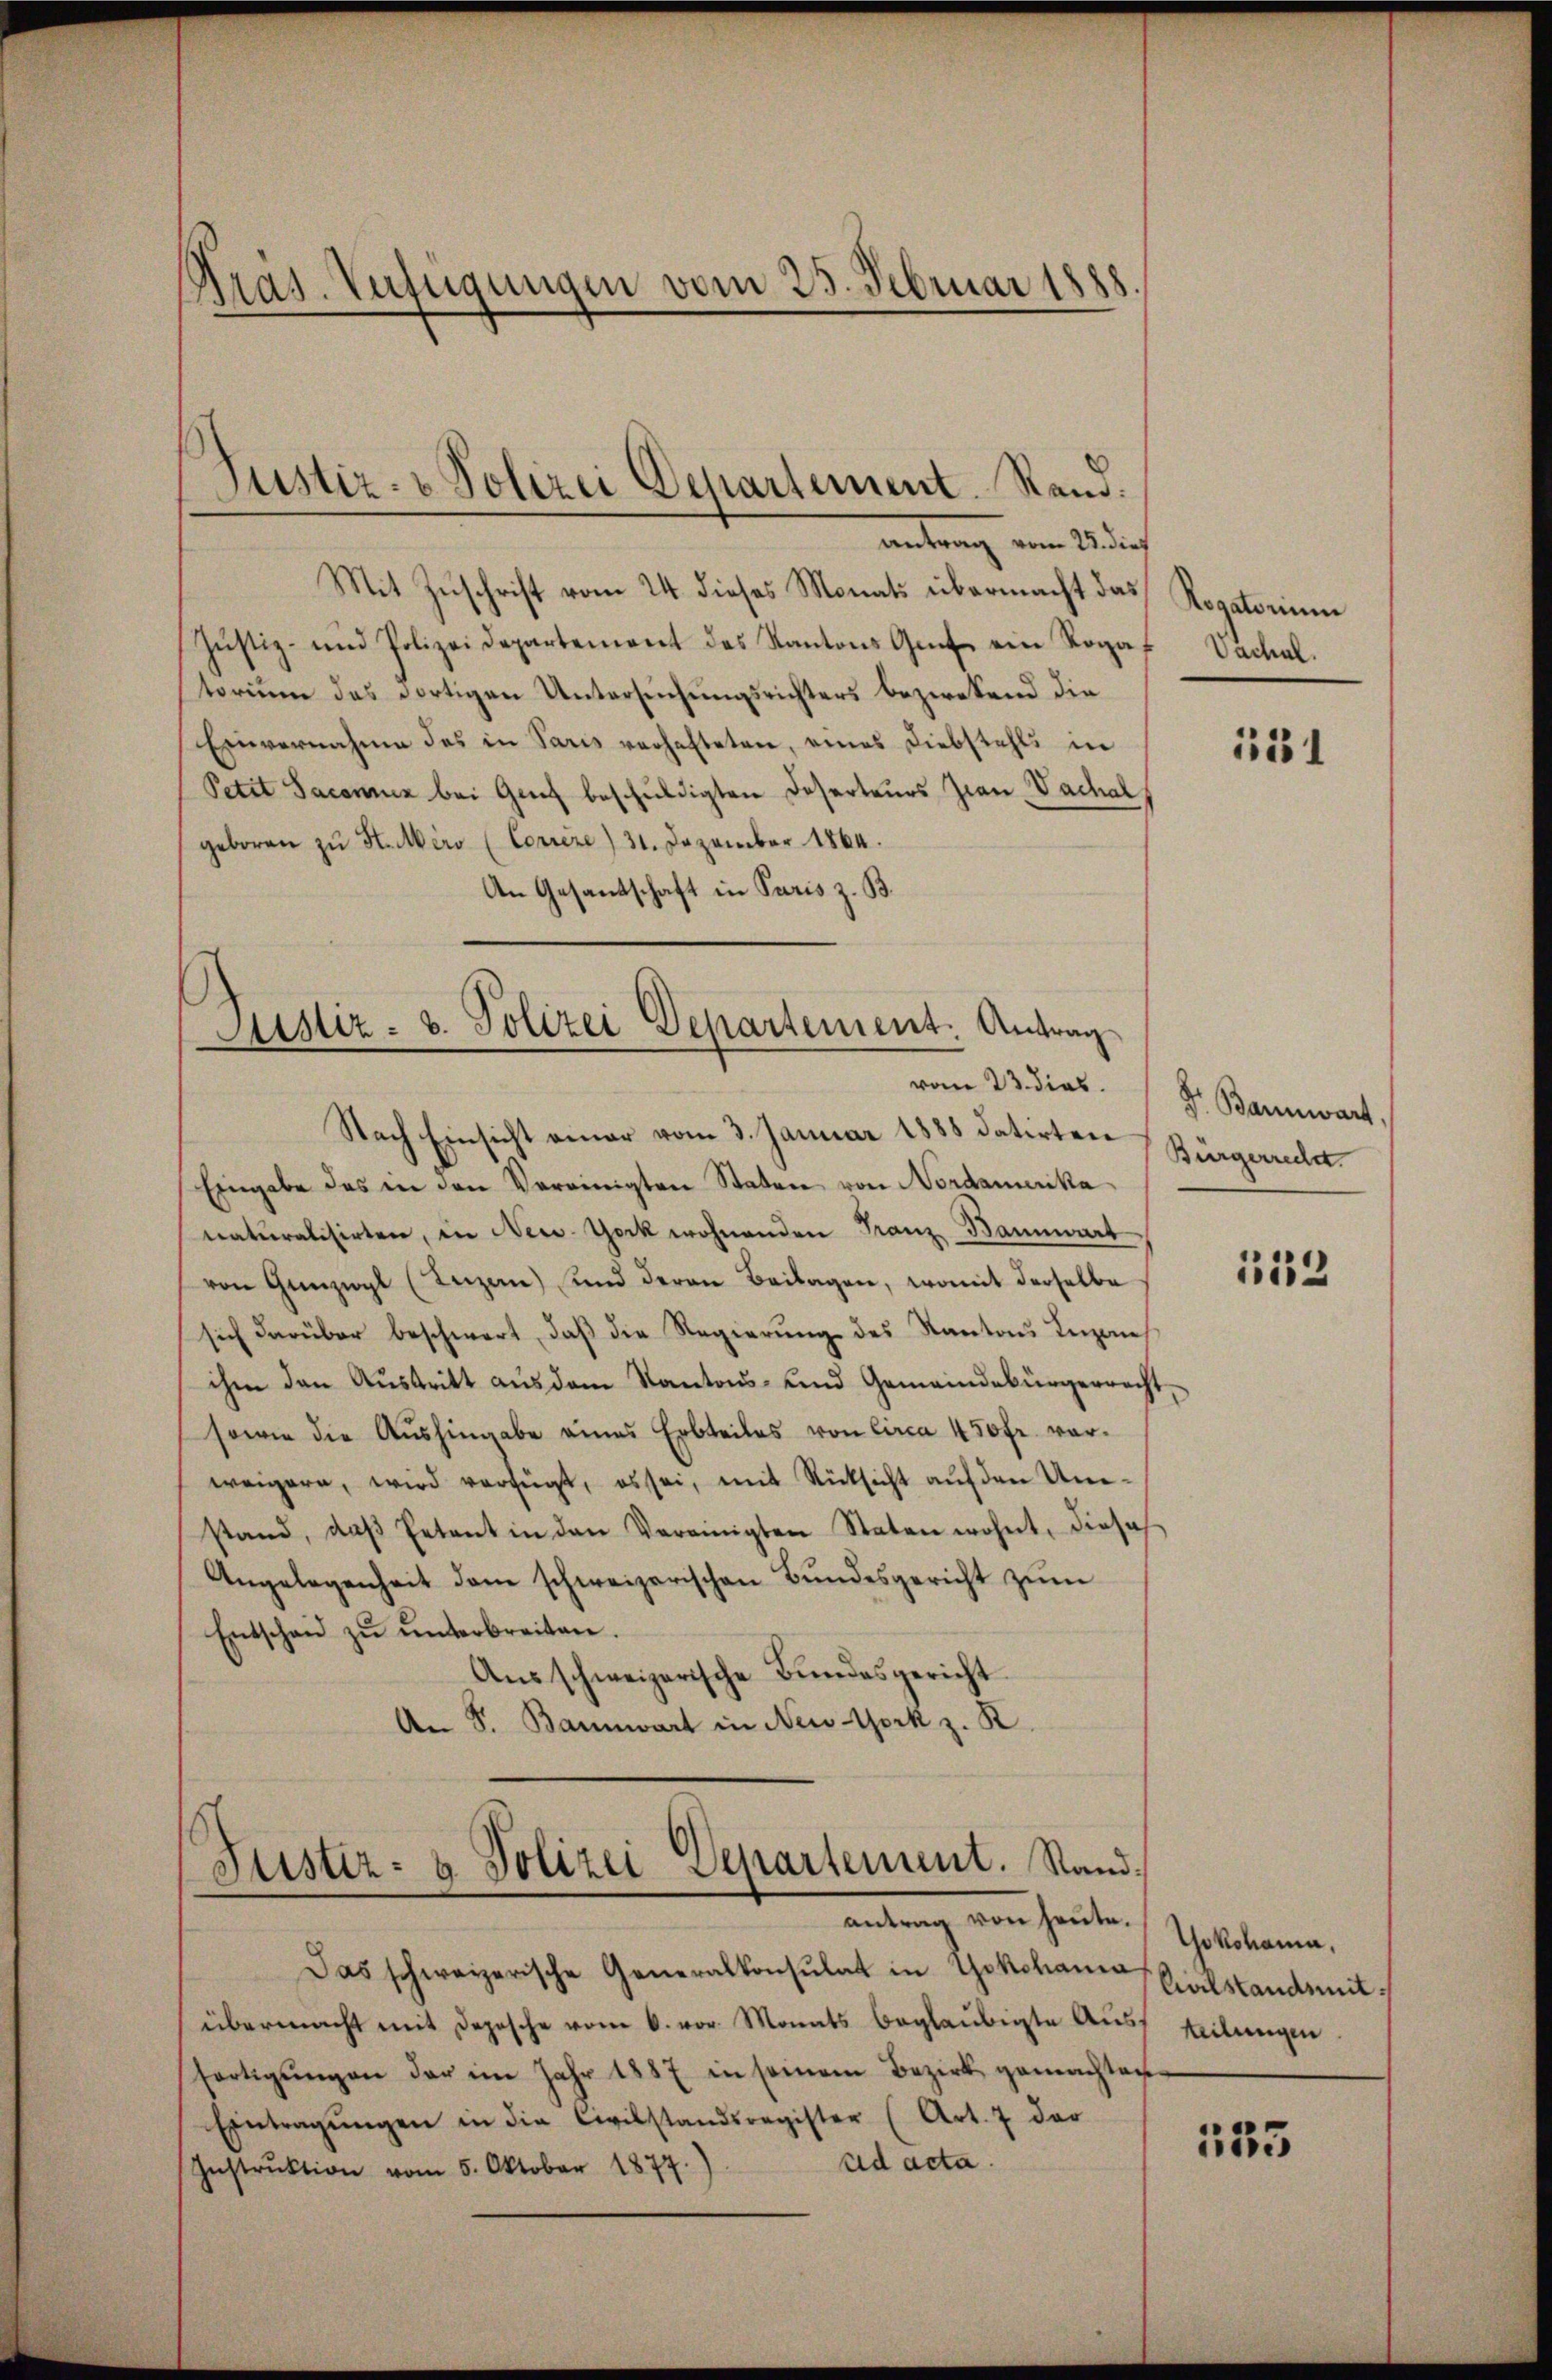
Pras. Verfügungen vom 25. Februar 1888

Mit Zŭschrift vom 24. dieses Monats übermacht das Rogatorium
Justiz- und Polizeidepartement des Kantons Gut ein Rogaf
torium des dortigen Untersuchungsrichters bezwekend die
Einvernahme des in Paris verhafteten, eines Diebstahls in
Petit Jaconuen bei Genf beschuldigten Deserteurs Zin-Vachal
geboren zŭ H. Mero (Correze) 31. Dezember 1864.
An Gesandschaft in Paris z. B.

Justiz- & Polizei Departement. Stand.
antrag am 28 dies

Sistiz- u. Polizei Departement. Antrag
Nach Einsicht einer vom 3. Januar 1888 datirten

Justiz- & Polizei Departement. Standantrag von heute.

Das schweizerische Generalkonsulat in Yokohama Balstandsmitübermacht mit Depesche vom 6. vor. Monats beglaubigte Auss teilungen
fortigŭngen der im Jahr 1887 in seinem Bezirk gemachten
Eintragŭngen in die Civilstandsregister (Art. 7 der
ad acta.
Instrŭktion vom 5. Oktober 1877.

Vachal.

Eingabe das in den Vereinigten Staten von Nordamerika
naturalisirten, in New-York wohnenden Franz Baumart
von Gunzwyl (Inzan) und deren Beilagen, womit derselbe
sich darüber beschwert, daß die Regierung des Kantons Inzanihm den Austritt aus dem Kantons- und Gemeindebürgerrecht,
sowie die Aŭshingabe eines Erbteiles von Circa 450fr. vorweigern, wird verfügt, es sei, mit Rücksicht aŭf den Umstand, daβ Petent in den Vereinigten Staten wohnt, dieses
Angelegenheit dem schweizerischen Bundesgericht zum
Entscheid zu unterbreiten
Ausschweizerische Bundesgericht
An S. Bannwart in New York z. R.

151

vom 23. dies Dr. Bannwart,
Bürgerrecht.

1132

Yokohama,

135